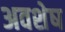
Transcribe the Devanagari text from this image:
अवशेष्‍ा